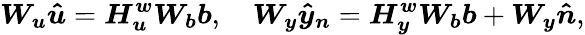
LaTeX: \boldsymbol{W_{u}}\boldsymbol{\hat{u}}=\boldsymbol{H_{u}^{w}}\boldsymbol{W_{b}}\boldsymbol{b},\quad\boldsymbol{W_{y}}\boldsymbol{\hat{y}_{n}}=\boldsymbol{H_{y}^{w}}\boldsymbol{W_{b}}\boldsymbol{b}+\boldsymbol{W_{y}}\boldsymbol{\hat{n}},